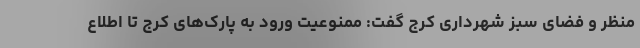
منظر و فضای سبز شهرداری کرج گفت: ممنوعیت ورود به پارک‌های کرج تا اطلاع